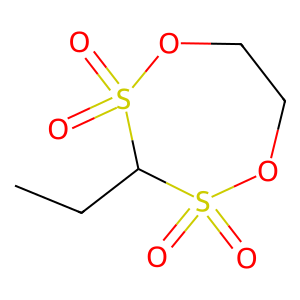
SMILES: CCC1S(=O)(=O)OCCOS1(=O)=O
Inhibits HIV replication: No